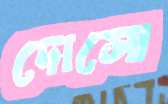
দোসো